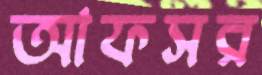
আফসর